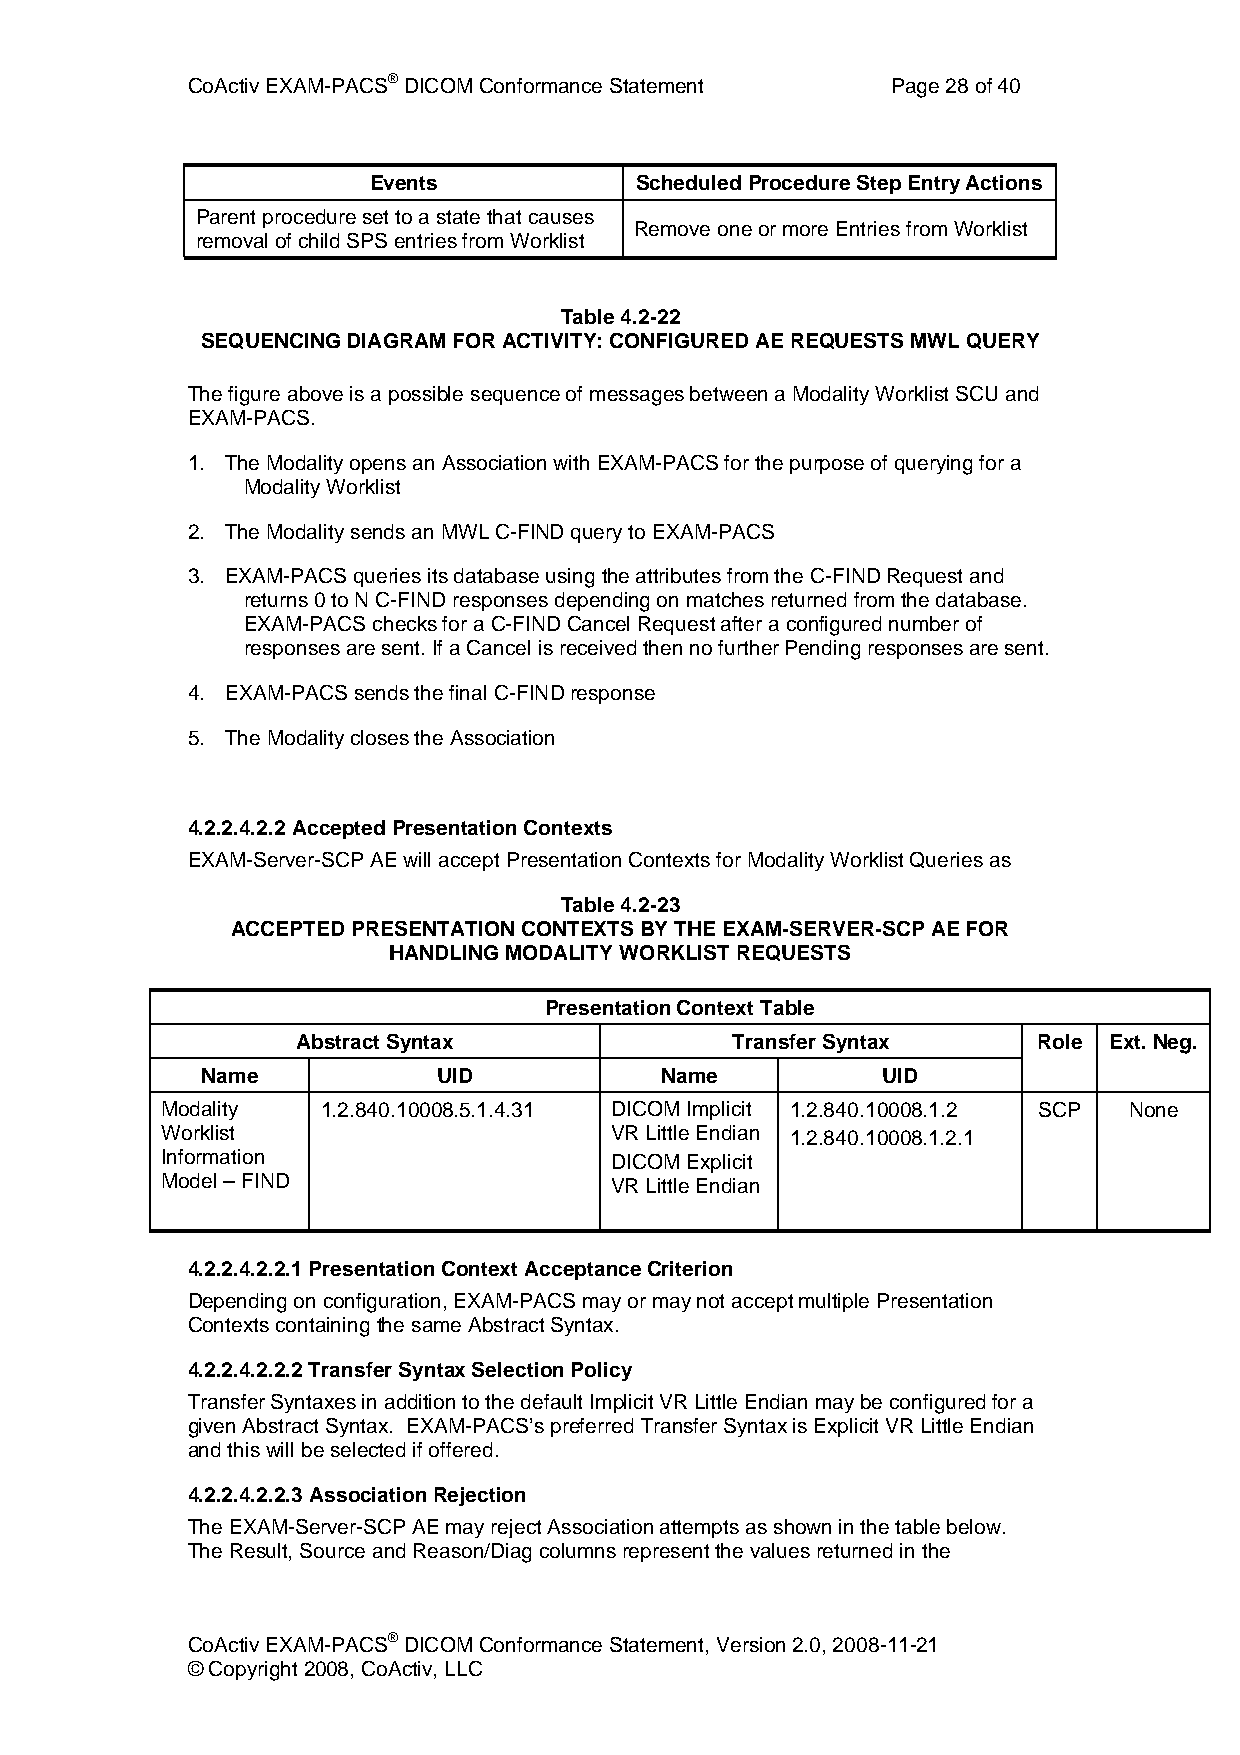
CoActiv EXAM-PACS® DICOM Conformance Statement Page 28 of 40
 Events            Scheduled Procedure Step Entry Actions
 Parent procedure set to a state that causes
 Remove one or more Entries from Worklist
 removal of child SPS entries from Worklist
 Table 4.2-22
 SEQUENCING DIAGRAM FOR ACTIVITY: CONFIGURED AE REQUESTS MWL QUERY
 The figure above is a possible sequence of messages between a Modality Worklist SCU and
 EXAM-PACS.
 1. The Modality opens an Association with EXAM-PACS for the purpose of querying for a
 Modality Worklist
 2. The Modality sends an MWL C-FIND query to EXAM-PACS
 3. EXAM-PACS queries its database using the attributes from the C-FIND Request and
 returns 0 to N C-FIND responses depending on matches returned from the database.
 EXAM-PACS checks for a C-FIND Cancel Request after a configured number of
 responses are sent. If a Cancel is received then no further Pending responses are sent.
 4. EXAM-PACS sends the final C-FIND response
 5. The Modality closes the Association
 4.2.2.4.2.2 Accepted Presentation Contexts
 EXAM-Server-SCP AE will accept Presentation Contexts for Modality Worklist Queries as
 Table 4.2-23
 ACCEPTED PRESENTATION CONTEXTS BY THE EXAM-SERVER-SCP AE FOR
 HANDLING MODALITY WORKLIST REQUESTS
 Presentation Context Table
 Abstract Syntax             Transfer Syntax      Role Ext. Neg.
 Name            UID            Name          UID
 Modality  1.2.840.10008.5.1.4.31 DICOM Implicit 1.2.840.10008.1.2 SCP None
 Worklist                     VR Little Endian 1.2.840.10008.1.2.1
 Information                  DICOM Explicit
 Model – FIND                 VR Little Endian
 4.2.2.4.2.2.1 Presentation Context Acceptance Criterion
 Depending on configuration, EXAM-PACS may or may not accept multiple Presentation
 Contexts containing the same Abstract Syntax.
 4.2.2.4.2.2.2 Transfer Syntax Selection Policy
 Transfer Syntaxes in addition to the default Implicit VR Little Endian may be configured for a
 given Abstract Syntax. EXAM-PACS’s preferred Transfer Syntax is Explicit VR Little Endian
 and this will be selected if offered.
 4.2.2.4.2.2.3 Association Rejection
 The EXAM-Server-SCP AE may reject Association attempts as shown in the table below.
 The Result, Source and Reason/Diag columns represent the values returned in the
 CoActiv EXAM-PACS® DICOM Conformance Statement, Version 2.0, 2008-11-21
 © Copyright 2008, CoActiv, LLC